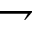
\rightharpoondown